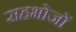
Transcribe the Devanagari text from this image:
सहभोजों